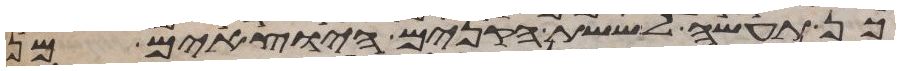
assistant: כן תעשה לששת הקנים היצאים מן